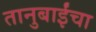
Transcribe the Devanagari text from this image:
तानुबाईंचा